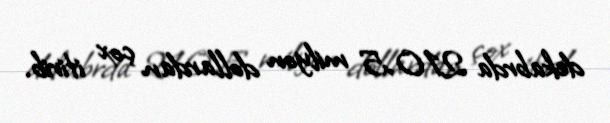
dekabrda 210,5 milyon dollardan çox itirib.